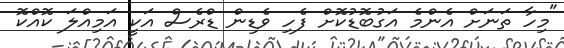
"މިހާ ތަނަށް އެންމެ އަގުބޮޑުކޮށް ފެހި ވެޑިން ޑްރެސް އަކީ އަމިއްލަ ކޮއްކޮ